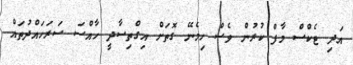
އަދި ޓެކްސް މާފް ކުރުން ވެސް ހިމެނޭ ގޮތަށް އިގްތިސާދީ ހާއްސަ ސަރަހައްދުތައް